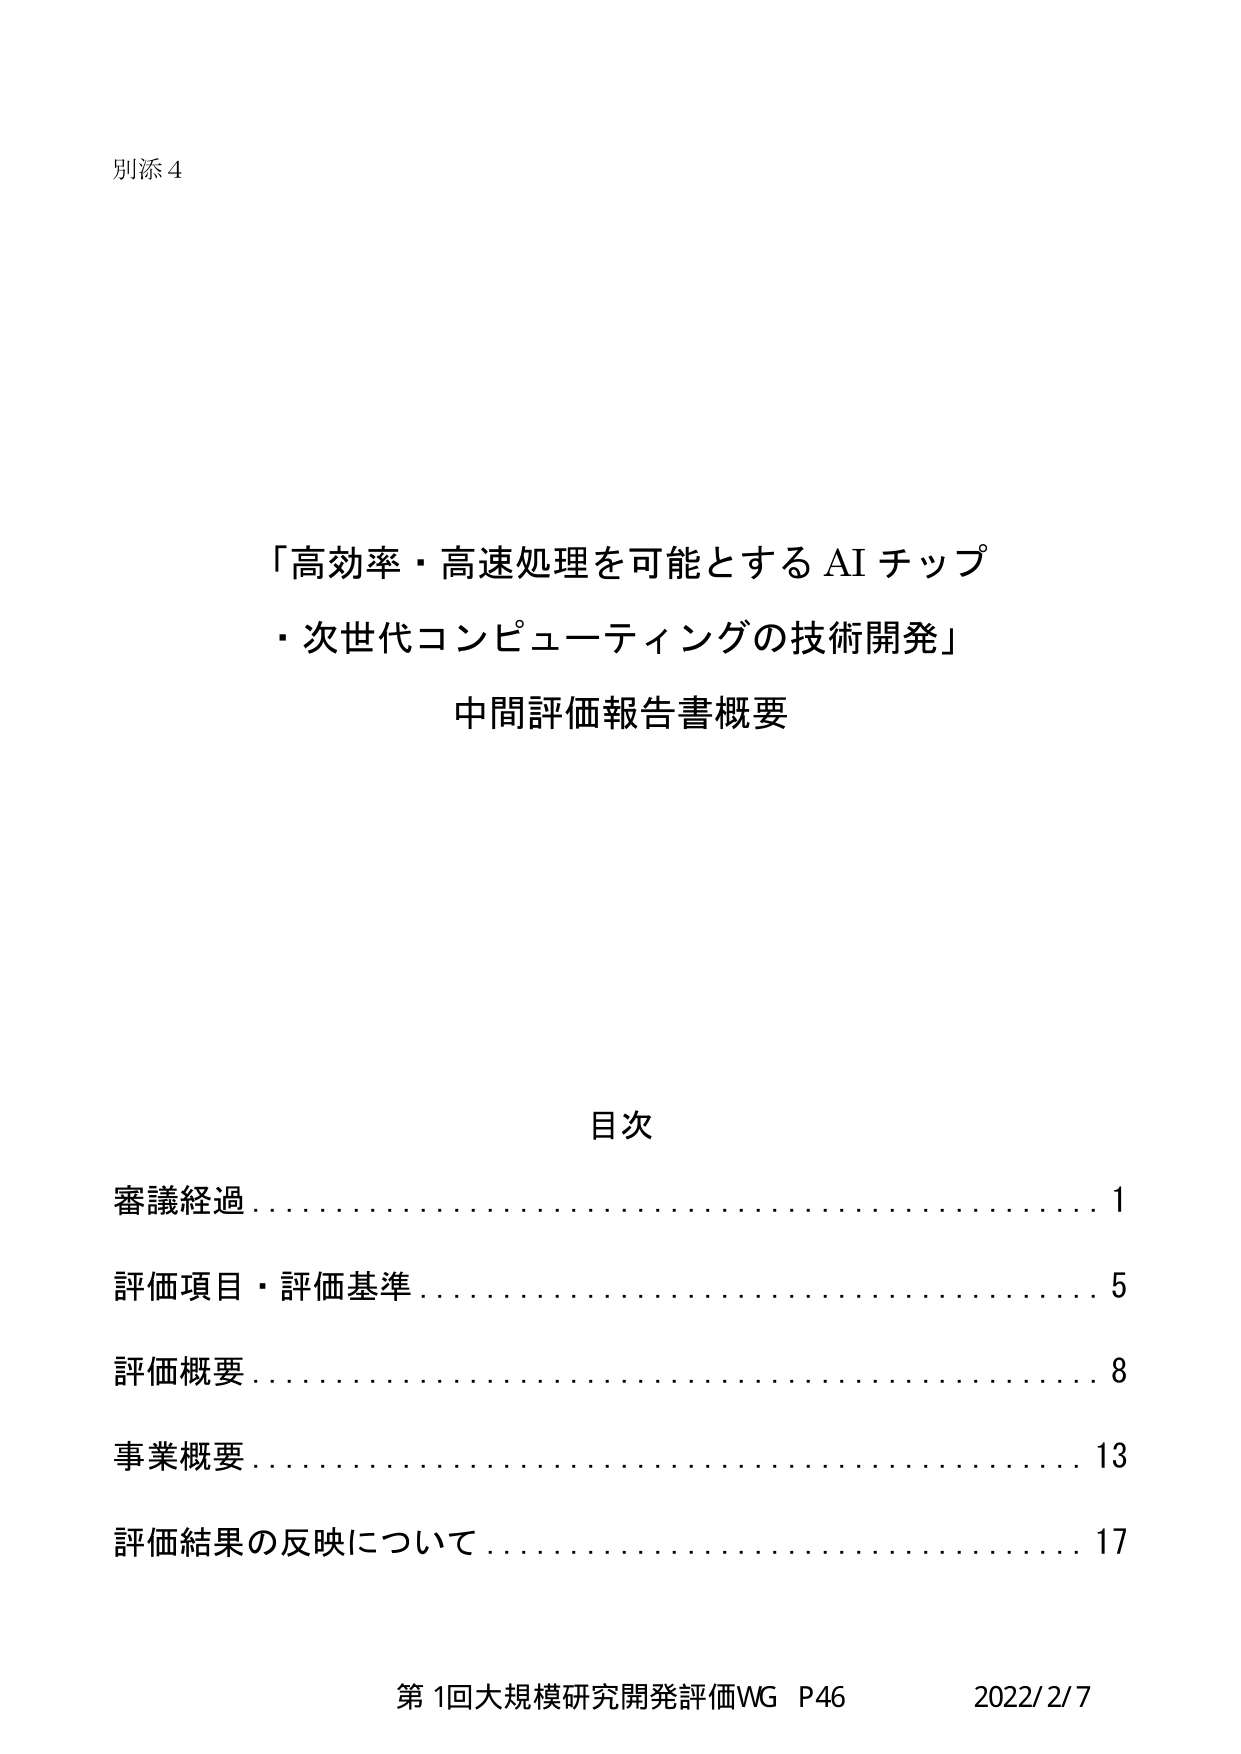
別添4

「高効率・高速処理を可能とする AI チップ
・次世代コンピューティングの技術開発」
中間評価報告書概要

目次
審議経過………………………………………1
評価項目・評価基準…………………………5
評価概要………………………………………8
事業概要………………………………………13
評価結果の反映について……………………17

第1回大規模研究開発評価WG P46 2022/2/7